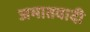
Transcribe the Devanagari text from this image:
जमातवादी